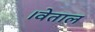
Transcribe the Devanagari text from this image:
।वेताल